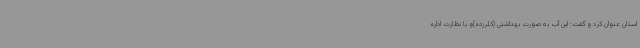
استان عنوان کرد و گفت: این آب به صورت بهداشتی (کلرزده)و با نظارت اداره